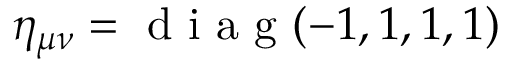
\eta _ { \mu \nu } = \mathrm { ~ d ~ i ~ a ~ g ~ } ( - 1 , 1 , 1 , 1 )